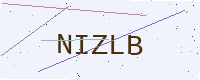
Text: NIZLB